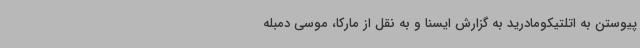
پیوستن به اتلتیکومادرید به گزارش ایسنا و به نقل از مارکا، موسی دمبله